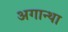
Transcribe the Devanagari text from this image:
अगान्था